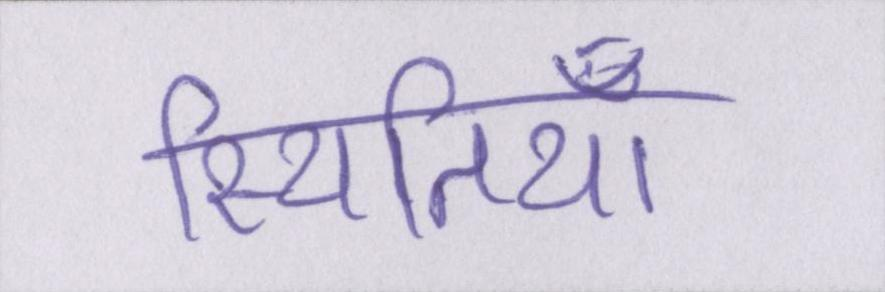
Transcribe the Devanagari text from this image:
स्थितियाँ